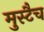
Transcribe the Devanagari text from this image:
मुस्टैच